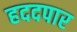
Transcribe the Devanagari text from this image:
हददपार